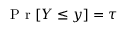
\mathrm { ~ P ~ r ~ } [ Y \leq y ] = \tau